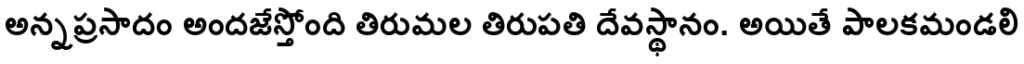
అన్నప్రసాదం అందజేస్తోంది తిరుమల తిరుపతి దేవస్థానం. అయితే పాలకమండలి